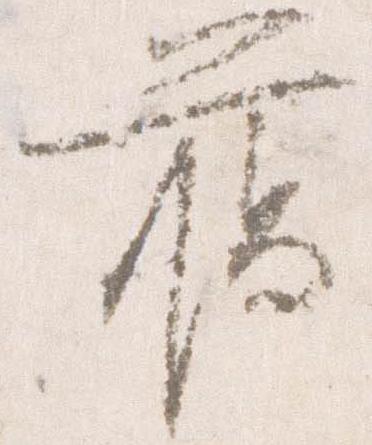
臈